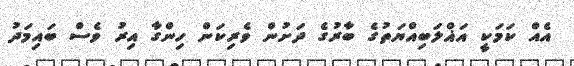
އެއް ކަމަކީ އަޣްލަބިއްޔަތުގެ ބާރުގެ ދަށުން ވެރިކަން ހިންގާ އިރު ވެސް ބައިމަދު